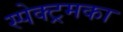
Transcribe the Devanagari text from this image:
स्पेक्ट्रमका